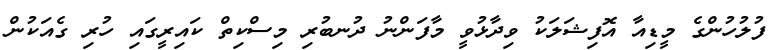
ފުލުހުންގެ މީޑިއާ އޮފިޝަލަކު ވިދާޅުވީ މާފަންނު ދުނބުރި މިސްކިތް ކައިރީގައި ހުރި ގެއަކުން